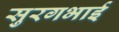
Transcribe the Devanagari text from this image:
सुरगभाई